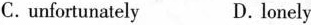
C.unfortunately D.lonely